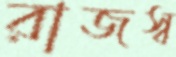
রাজস্ব